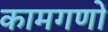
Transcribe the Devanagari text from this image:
कामगणों